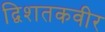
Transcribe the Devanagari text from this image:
द्विशतकवीर